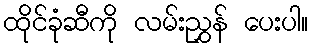
ထိုင်ခုံဆီကို လမ်းညွှန် ပေးပါ။